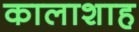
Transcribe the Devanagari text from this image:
कालाशाह